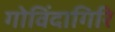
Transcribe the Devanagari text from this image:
गोविंदागिरि